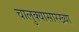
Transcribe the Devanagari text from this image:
चालुक्यासारख्या